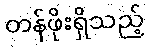
တန်ဖိုးရှိသည့်